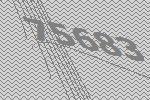
75683